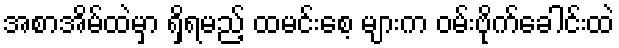
အစာအိမ်ထဲမှာ ရှိရမည့် ထမင်းစေ့ များက ဝမ်းဗိုက်ခေါင်းထဲ